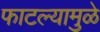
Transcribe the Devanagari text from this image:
फाटल्यामुळे